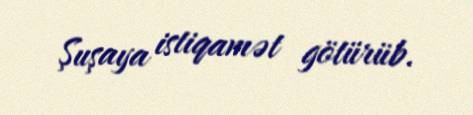
Şuşaya istiqamət götürüb.